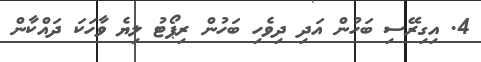
4. އިގިރޭސި ބަހުން އަދި ދިވެހި ބަހުން ރިޕޯޓު ލިޔެ ވާހަކަ ދައްކާން